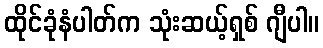
ထိုင်ခုံနံပါတ်က သုံးဆယ့်ရှစ် ဂျီပါ။